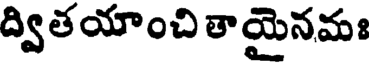
ద్వితయాంచి తాయైనమః